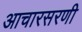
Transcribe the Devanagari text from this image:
आचारसरणी